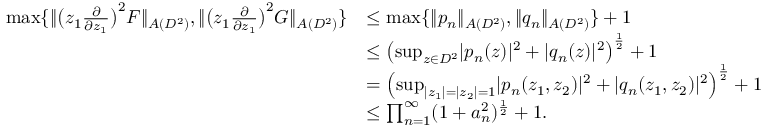
\begin{array} { r l } { \operatorname* { m a x } \{ \| \big ( z _ { 1 } \frac { \partial } { \partial z _ { 1 } } \big ) ^ { 2 } F \| _ { A ( D ^ { 2 } ) } , \| \big ( z _ { 1 } \frac { \partial } { \partial z _ { 1 } } \big ) ^ { 2 } G \| _ { A ( D ^ { 2 } ) } \} } & { \leq \operatorname* { m a x } \{ \| p _ { n } \| _ { A ( D ^ { 2 } ) } , \| q _ { n } \| _ { A ( D ^ { 2 } ) } \} + 1 } \\ & { \leq \left( \operatorname* { s u p } _ { z \in D ^ { 2 } } \lvert p _ { n } ( z ) \rvert ^ { 2 } + \lvert q _ { n } ( z ) \rvert ^ { 2 } \right) ^ { \frac { 1 } { 2 } } + 1 } \\ & { = \left( \operatorname* { s u p } _ { \lvert z _ { 1 } \rvert = \lvert z _ { 2 } \rvert = 1 } \lvert p _ { n } ( z _ { 1 } , z _ { 2 } ) \rvert ^ { 2 } + \lvert q _ { n } ( z _ { 1 } , z _ { 2 } ) \rvert ^ { 2 } \right) ^ { \frac { 1 } { 2 } } + 1 } \\ & { \leq \prod _ { n = 1 } ^ { \infty } ( 1 + a _ { n } ^ { 2 } ) ^ { \frac { 1 } { 2 } } + 1 . } \end{array}